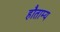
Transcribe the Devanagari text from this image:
हौताम्य